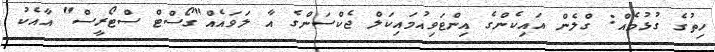
ހިތުގެ ގުޅުމެއް: ގްލެން އައިކެންގެ އިންޓަވިއުމައިކަލް ޖެކްސަންގެ އާ ލަވައެއް"ގޯސްޓް ސްޓޯރީސް" އާއެކު